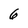
Character: 6